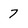
Character: 7